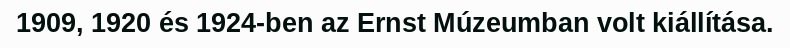
1909, 1920 és 1924-ben az Ernst Múzeumban volt kiállítása.